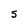
Character: S